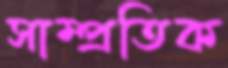
সাম্প্রতিক